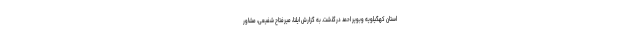
استان کهگیلویه وبویر احمد درگذشت. به گزارش ایلنا، میرفتاح شفیعی، مشاور